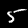
Digit: 5